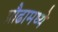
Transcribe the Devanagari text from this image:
प्रौढामध्ये